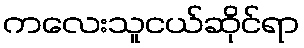
ကလေးသူငယ်ဆိုင်ရာ